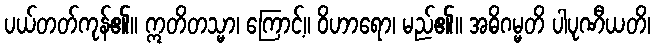
ပယ်တတ်ကုန်၏။ ဣတိတသ္မာ၊ ကြောင့်။ ဝိဟာရော၊ မည်၏။ အဓိဂမ္မတိ ပါပုဏီယတိ၊